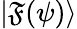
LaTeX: |\mathfrak{F}(\psi)\rangle